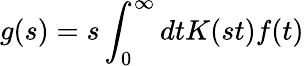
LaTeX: g(s)=s\int_{0}^{\infty}dtK(st)f(t)